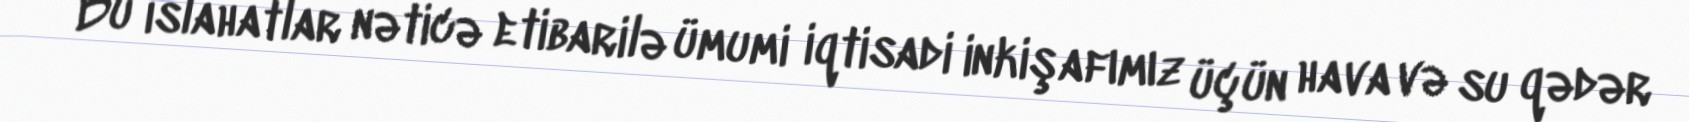
Bu islahatlar nəticə etibarilə ümumi iqtisadi inkişafımız üçün hava və su qədər